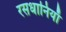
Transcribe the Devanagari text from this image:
रसधानियाँ